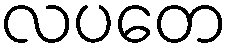
လပတေ